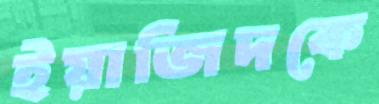
ইয়াজিদকে